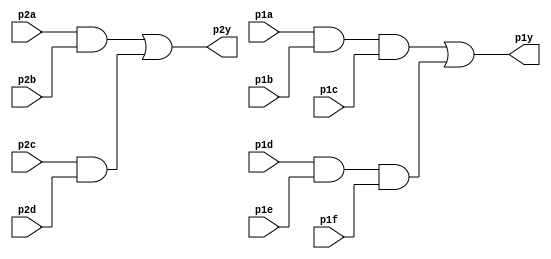
module top_module ( 
    input p1a, p1b, p1c, p1d, p1e, p1f,
    output p1y,
    input p2a, p2b, p2c, p2d,
    output p2y
);
    wire p1_and_1;
    wire p1_and_2;
    wire p2_and_1;
    wire p2_and_2;
    assign p2y = p2_and_1 | p2_and_2;
    assign p1y = p1_and_1 | p1_and_2;
    assign p1_and_1 = p1a & p1b & p1c;
    assign p1_and_2 = p1d & p1e & p1f;
    assign p2_and_1 = p2a & p2b;
    assign p2_and_2 = p2c & p2d;
endmodule